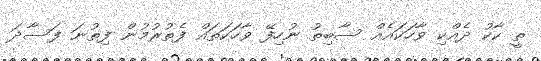
ތީ ކާކު ދެއްކި ވާހަކައެއް ސާބިތު ނުހިފޭ ވާހަކަތައް ފެތުރުމުން ފިތުނަ ފަސާދަ